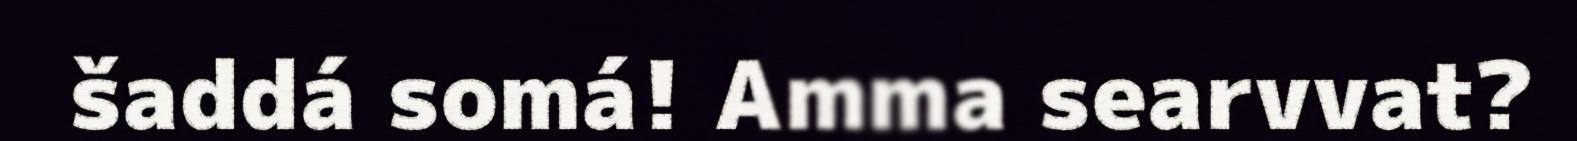
šaddá somá! Amma searvvat?